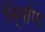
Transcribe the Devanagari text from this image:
नि्र्माण